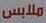
ملل